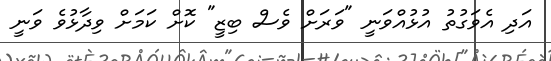
އަދި އެވަގުތު އުޅުއްވަނީ "ވަރަށް ވެސް ބިޒީ" ކޮށް ކަމަށް ވިދާޅުވެ ވަނީ